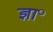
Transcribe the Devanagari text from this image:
ज्ञा॰